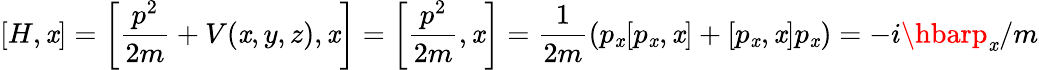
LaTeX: [H,\mathit{x}]=\left[{\frac{{p^{2}}}{{2m}}}+V(\mathit{x},y,z),\mathit{x}\right]=\left[{\frac{{p^{2}}}{{2m}}},\mathit{x}\right]={\frac{{1}}{{2m}}}(p_{\mathit{x}}[p_{\mathit{x}},\mathit{x}]+[p_{\mathit{x}},\mathit{x}]p_{\mathit{x}})=-i\hbarp_{\mathit{x}}/m